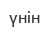
үнін